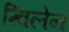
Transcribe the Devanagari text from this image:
ग्विलेन